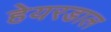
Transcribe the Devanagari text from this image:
हेयरडाल